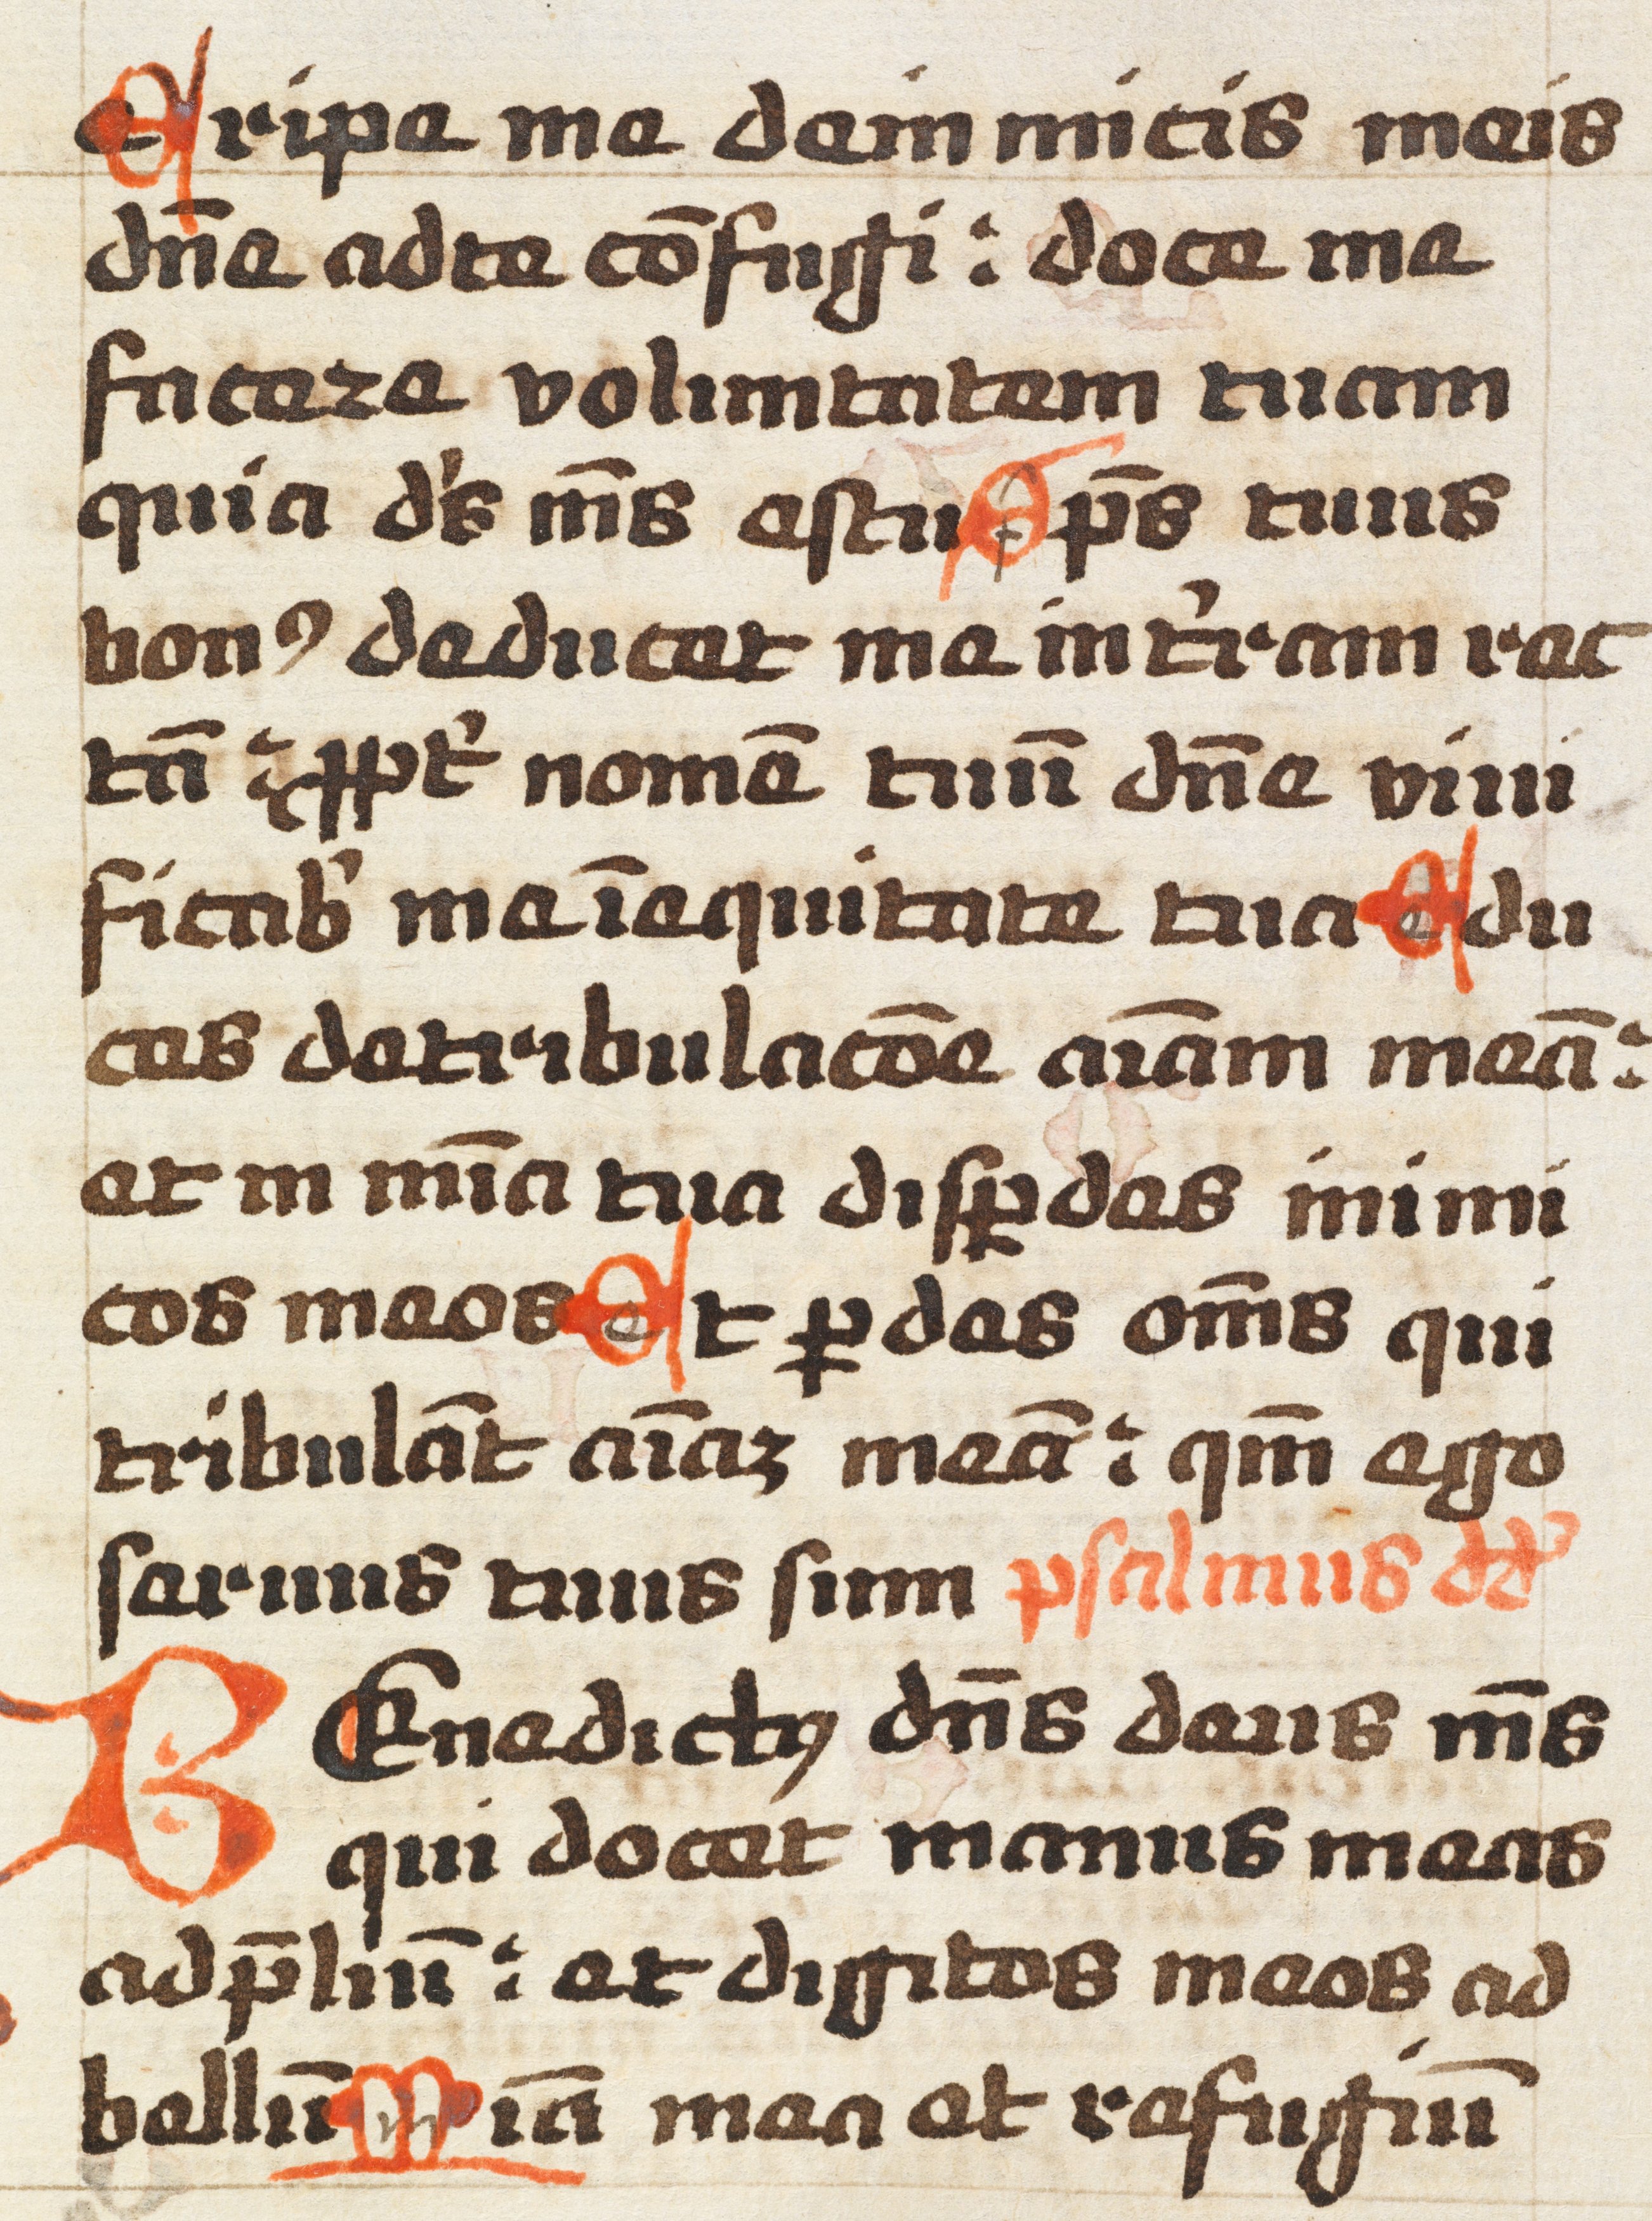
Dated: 1492–1492